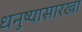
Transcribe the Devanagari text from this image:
धनुष्यासारखा